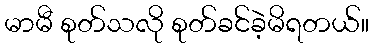
မာမီ စုတ်သလို စုတ်ခင်ခဲ့မိရတယ်။